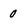
Character: 0